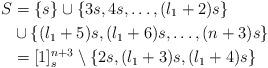
LaTeX: \begin{align*}S &= \{s\} \cup \{3s,4s,\ldots,(l_1 + 2)s \} \\&\cup \{ (l_1 + 5)s,(l_1 + 6)s, \ldots ,(n+3)s\} \\&= [1]_s^{n+3} \setminus \{2s, (l_1+3)s, (l_1+4)s \}\end{align*}